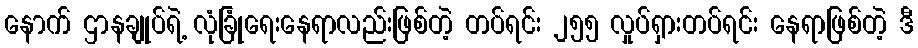
နောက် ဌာနချုပ်ရဲ့ လုံခြုံရေးနေရာလည်းဖြစ်တဲ့ တပ်ရင်း ၂၅၅ လှုပ်ရှားတပ်ရင်း နေရာဖြစ်တဲ့ ဒီ